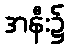
အနီး၌